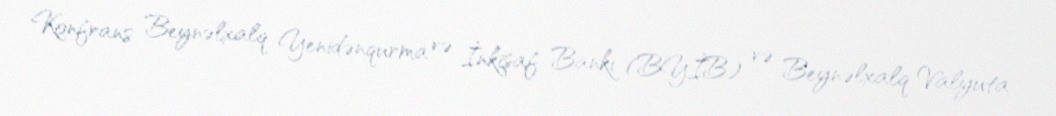
Konfrans Beynəlxalq Yenidənqurma və İnkişaf Bankı (BYİB) və Beynəlxalq Valyuta